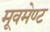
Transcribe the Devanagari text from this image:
मूवमेण्ट